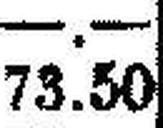
73.50